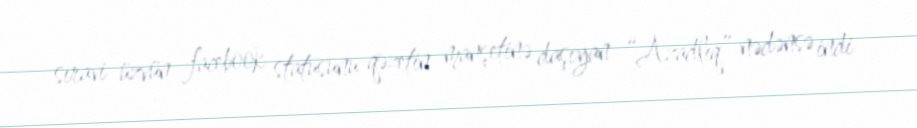
sıravi üzvün facebook statusunu qəzetin manşetinə daşıyan “Azadlıq” nədənsə indi